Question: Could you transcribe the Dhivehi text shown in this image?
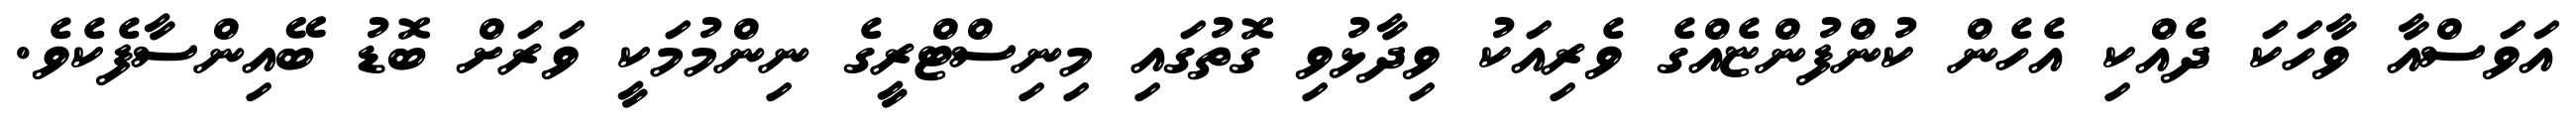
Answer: އަވަސްއާ ވާހަކަ ދެއްކި އެހެން ކުންފުންޏެއްގެ ވެރިއަކު ވިދާޅުވި ގޮތުގައި މިނިސްޓްރީގެ ނިންމުމަކީ ވަރަށް ބޮޑު ބޭއިންސާފެކެވެ.